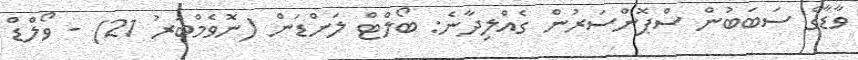
ވާޑާގެ ސަބަބުން ސްޕޮންސަރުން ގެއްލިދާނެ: ބޯލްޓް ލަންޑަން (ނޮވެމްބަރު 21) - ވޯލްޑް